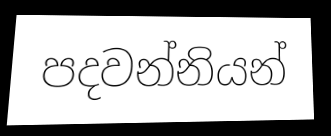
පදවන්නියන්